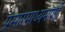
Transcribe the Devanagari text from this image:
प्रसारमाध्यमाशी